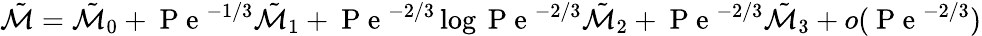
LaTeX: \tilde{\mathcal{M}}=\tilde{\mathcal{M}}_{0}+\mathrm{~P~e~}^{-1/3}\tilde{\mathcal{M}}_{1}+\mathrm{~P~e~}^{-2/3}\log\mathrm{~P~e~}^{-2/3}\tilde{\mathcal{M}}_{2}+\mathrm{~P~e~}^{-2/3}\tilde{\mathcal{M}}_{3}+o(\mathrm{~P~e~}^{-2/3})